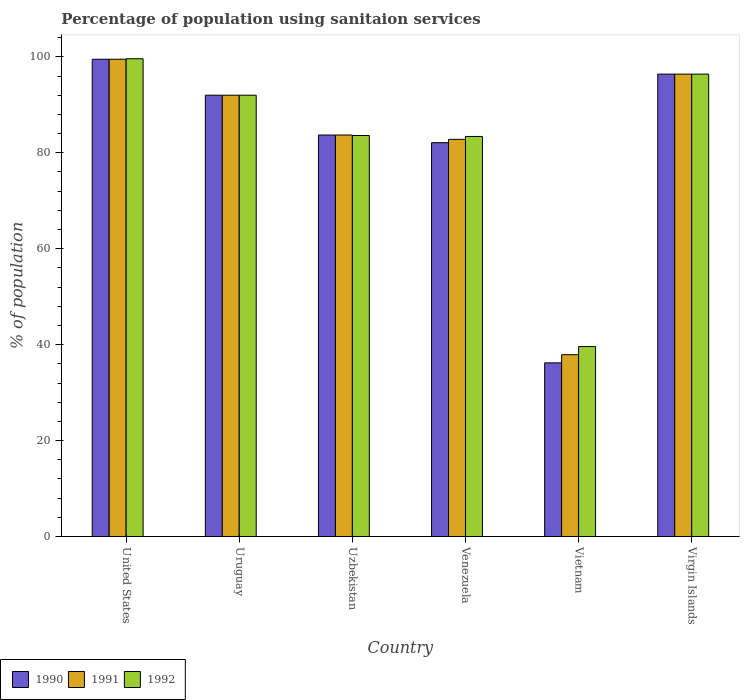
| Country | 1990 | 1991 | 1992 |
 | --- | --- | --- | --- |
 | United States | 99.5 | 99.5 | 99.6 |
 | Uruguay | 92 | 92 | 92 |
 | Uzbekistan | 83.7 | 83.7 | 83.6 |
 | Venezuela | 82.1 | 82.8 | 83.4 |
 | Vietnam | 36.2 | 37.9 | 39.6 |
 | Virgin Islands | 96.4 | 96.4 | 96.4 |